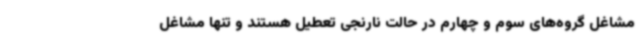
مشاغل گروه‌های سوم و چهارم در حالت نارنجی تعطیل هستند و تنها مشاغل